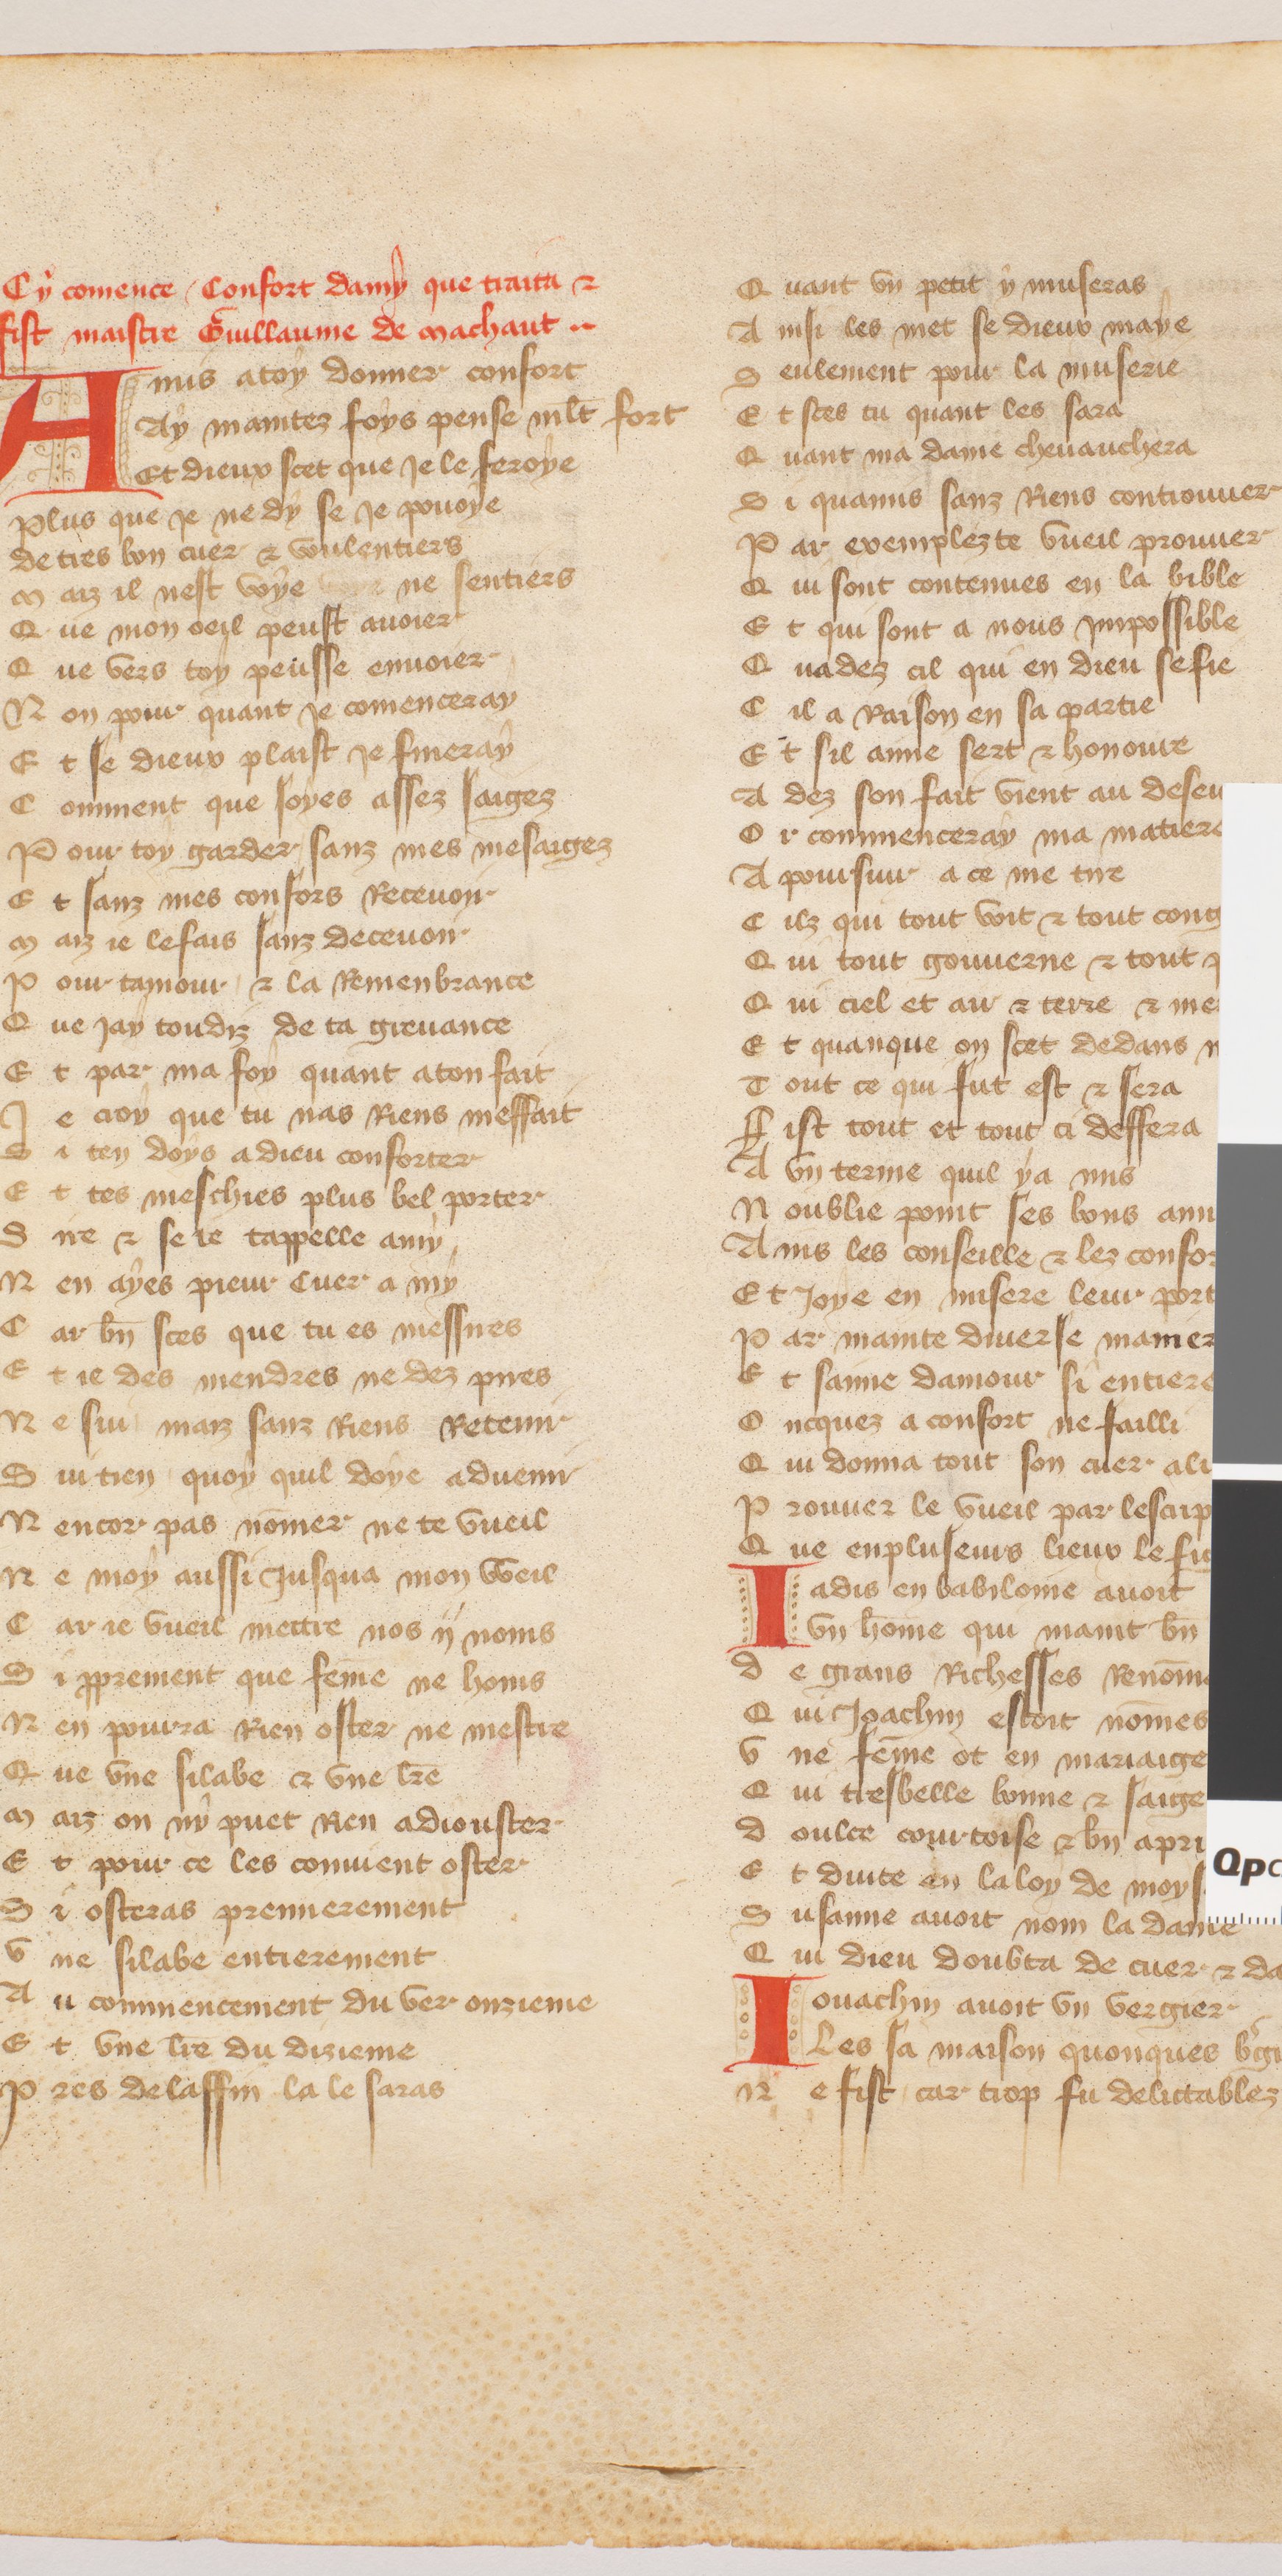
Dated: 1370–1415